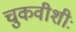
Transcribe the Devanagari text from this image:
चुकवीशीः